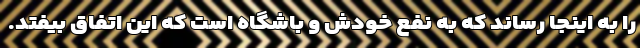
را به اینجا رساند که به نفع خودش و باشگاه است که این اتفاق بیفتد.